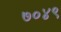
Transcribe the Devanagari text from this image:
७०४९